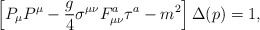
\begin{align*}\left[P_\mu P^\mu-{g\over4}\sigma^{\mu\nu}F^a_{\mu\nu}\tau^a-m^2\right]\Delta(p)=1,\end{align*}